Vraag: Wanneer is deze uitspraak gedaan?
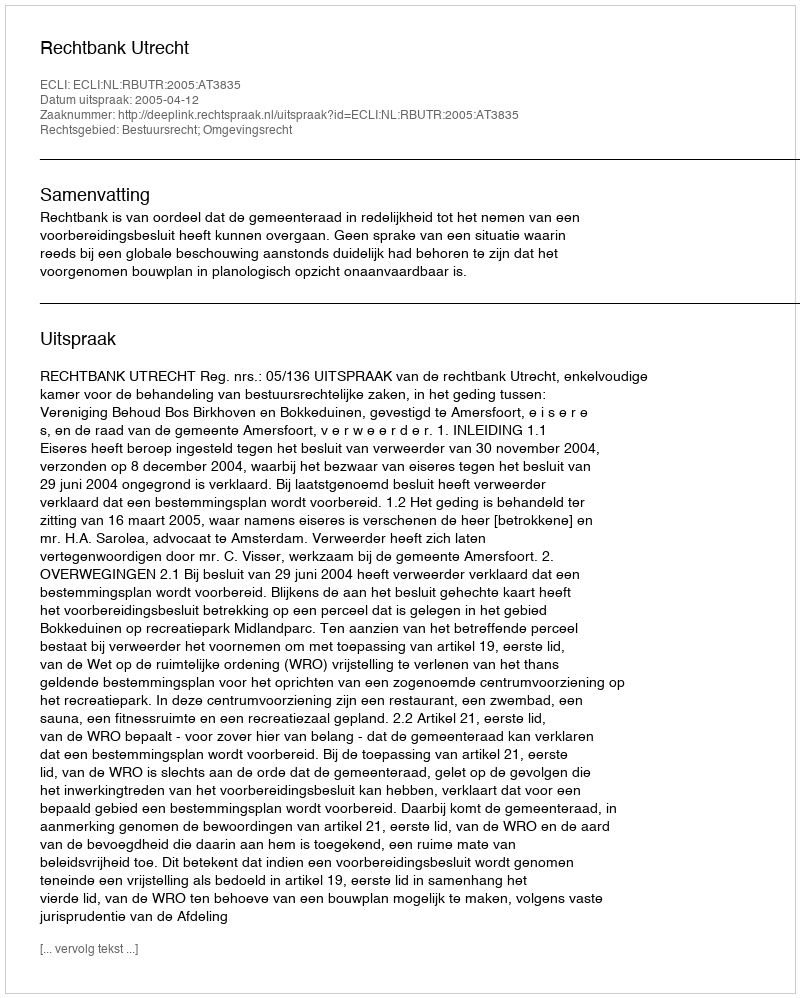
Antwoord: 2005-04-12